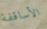
الأساقفة